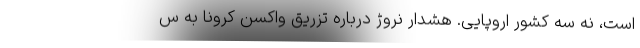
است، نه سه کشور اروپایی. هشدار نروژ درباره تزریق واکسن کرونا به س